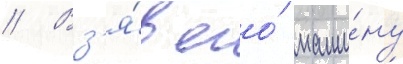
// Вз'я́в его́ маши́ну